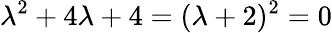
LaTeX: \lambda^{2}+4\lambda+4=(\lambda+2)^{2}=0